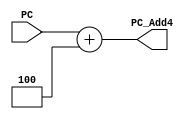
module PCADD4(PC, PC_Add4);

  input [31:0] PC;
  output [31:0] PC_Add4;
  assign PC_Add4 = PC + 32'd4;
endmodule